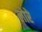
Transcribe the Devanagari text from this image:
लोरे